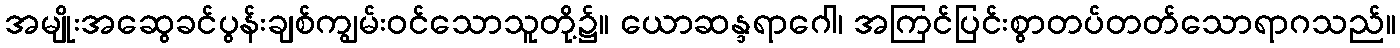
အမျိုးအဆွေခင်ပွန်းချစ်ကျွမ်းဝင်သောသူတို့၌။ ယောဆန္ဒရာဂေါ၊ အကြင်ပြင်းစွာတပ်တတ်သောရာဂသည်။